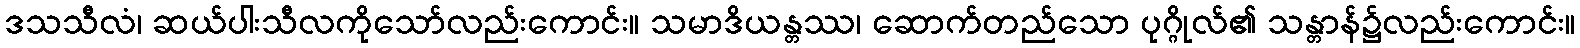
ဒသသီလံ၊ ဆယ်ပါးသီလကိုသော်လည်းကောင်း။ သမာဒိယန္တဿ၊ ဆောက်တည်သော ပုဂ္ဂိုလ်၏ သန္တာန်၌လည်းကောင်း။